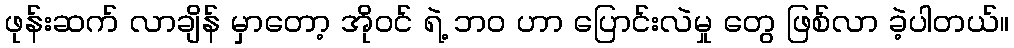
ဖုန်းဆက် လာချိန် မှာတော့ အိုဝင် ရဲ့ ဘ၀ ဟာ ပြောင်းလဲမှု တွေ ဖြစ်လာ ခဲ့ပါတယ်။